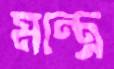
মন্ত্রে